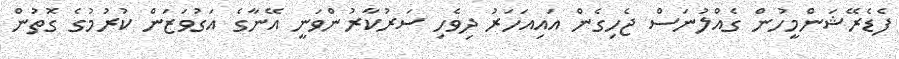
ފެޑެރޭޝަންމީހުން ގެއްލުނަސް ޖެހިގެން އައިއަހަރު ދިވެހި ސަރުކާރުންވަނީ އޭނާގެ އަގުވަޒަން ކުރުމުގެ ގޮތުން